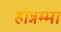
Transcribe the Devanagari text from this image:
होन्नम्मा